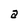
Character: a